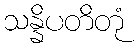
သန္နိပတိတုံ